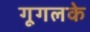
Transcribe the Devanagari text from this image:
गूगलके